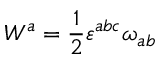
W ^ { a } = \frac { 1 } { 2 } { \varepsilon } ^ { a b c } { \omega } _ { a b }